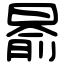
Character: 𣈯